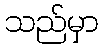
သည်မှာ